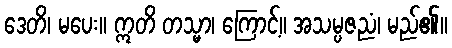
ဒေတိ၊ မပေး။ ဣတိ တသ္မာ၊ ကြောင့်။ အသမ္ပဇညံ၊ မည်၏။